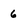
Character: 6